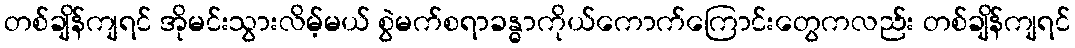
တစ်ချိန်ကျရင် အိုမင်းသွားလိမ့်မယ် စွဲမက်စရာခန္ဓာကိုယ်ကောက်ကြောင်းတွေကလည်း တစ်ချိန်ကျရင်